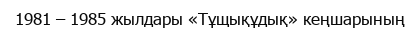
1981 – 1985 жылдары «Тұщықұдық» кеңшарының